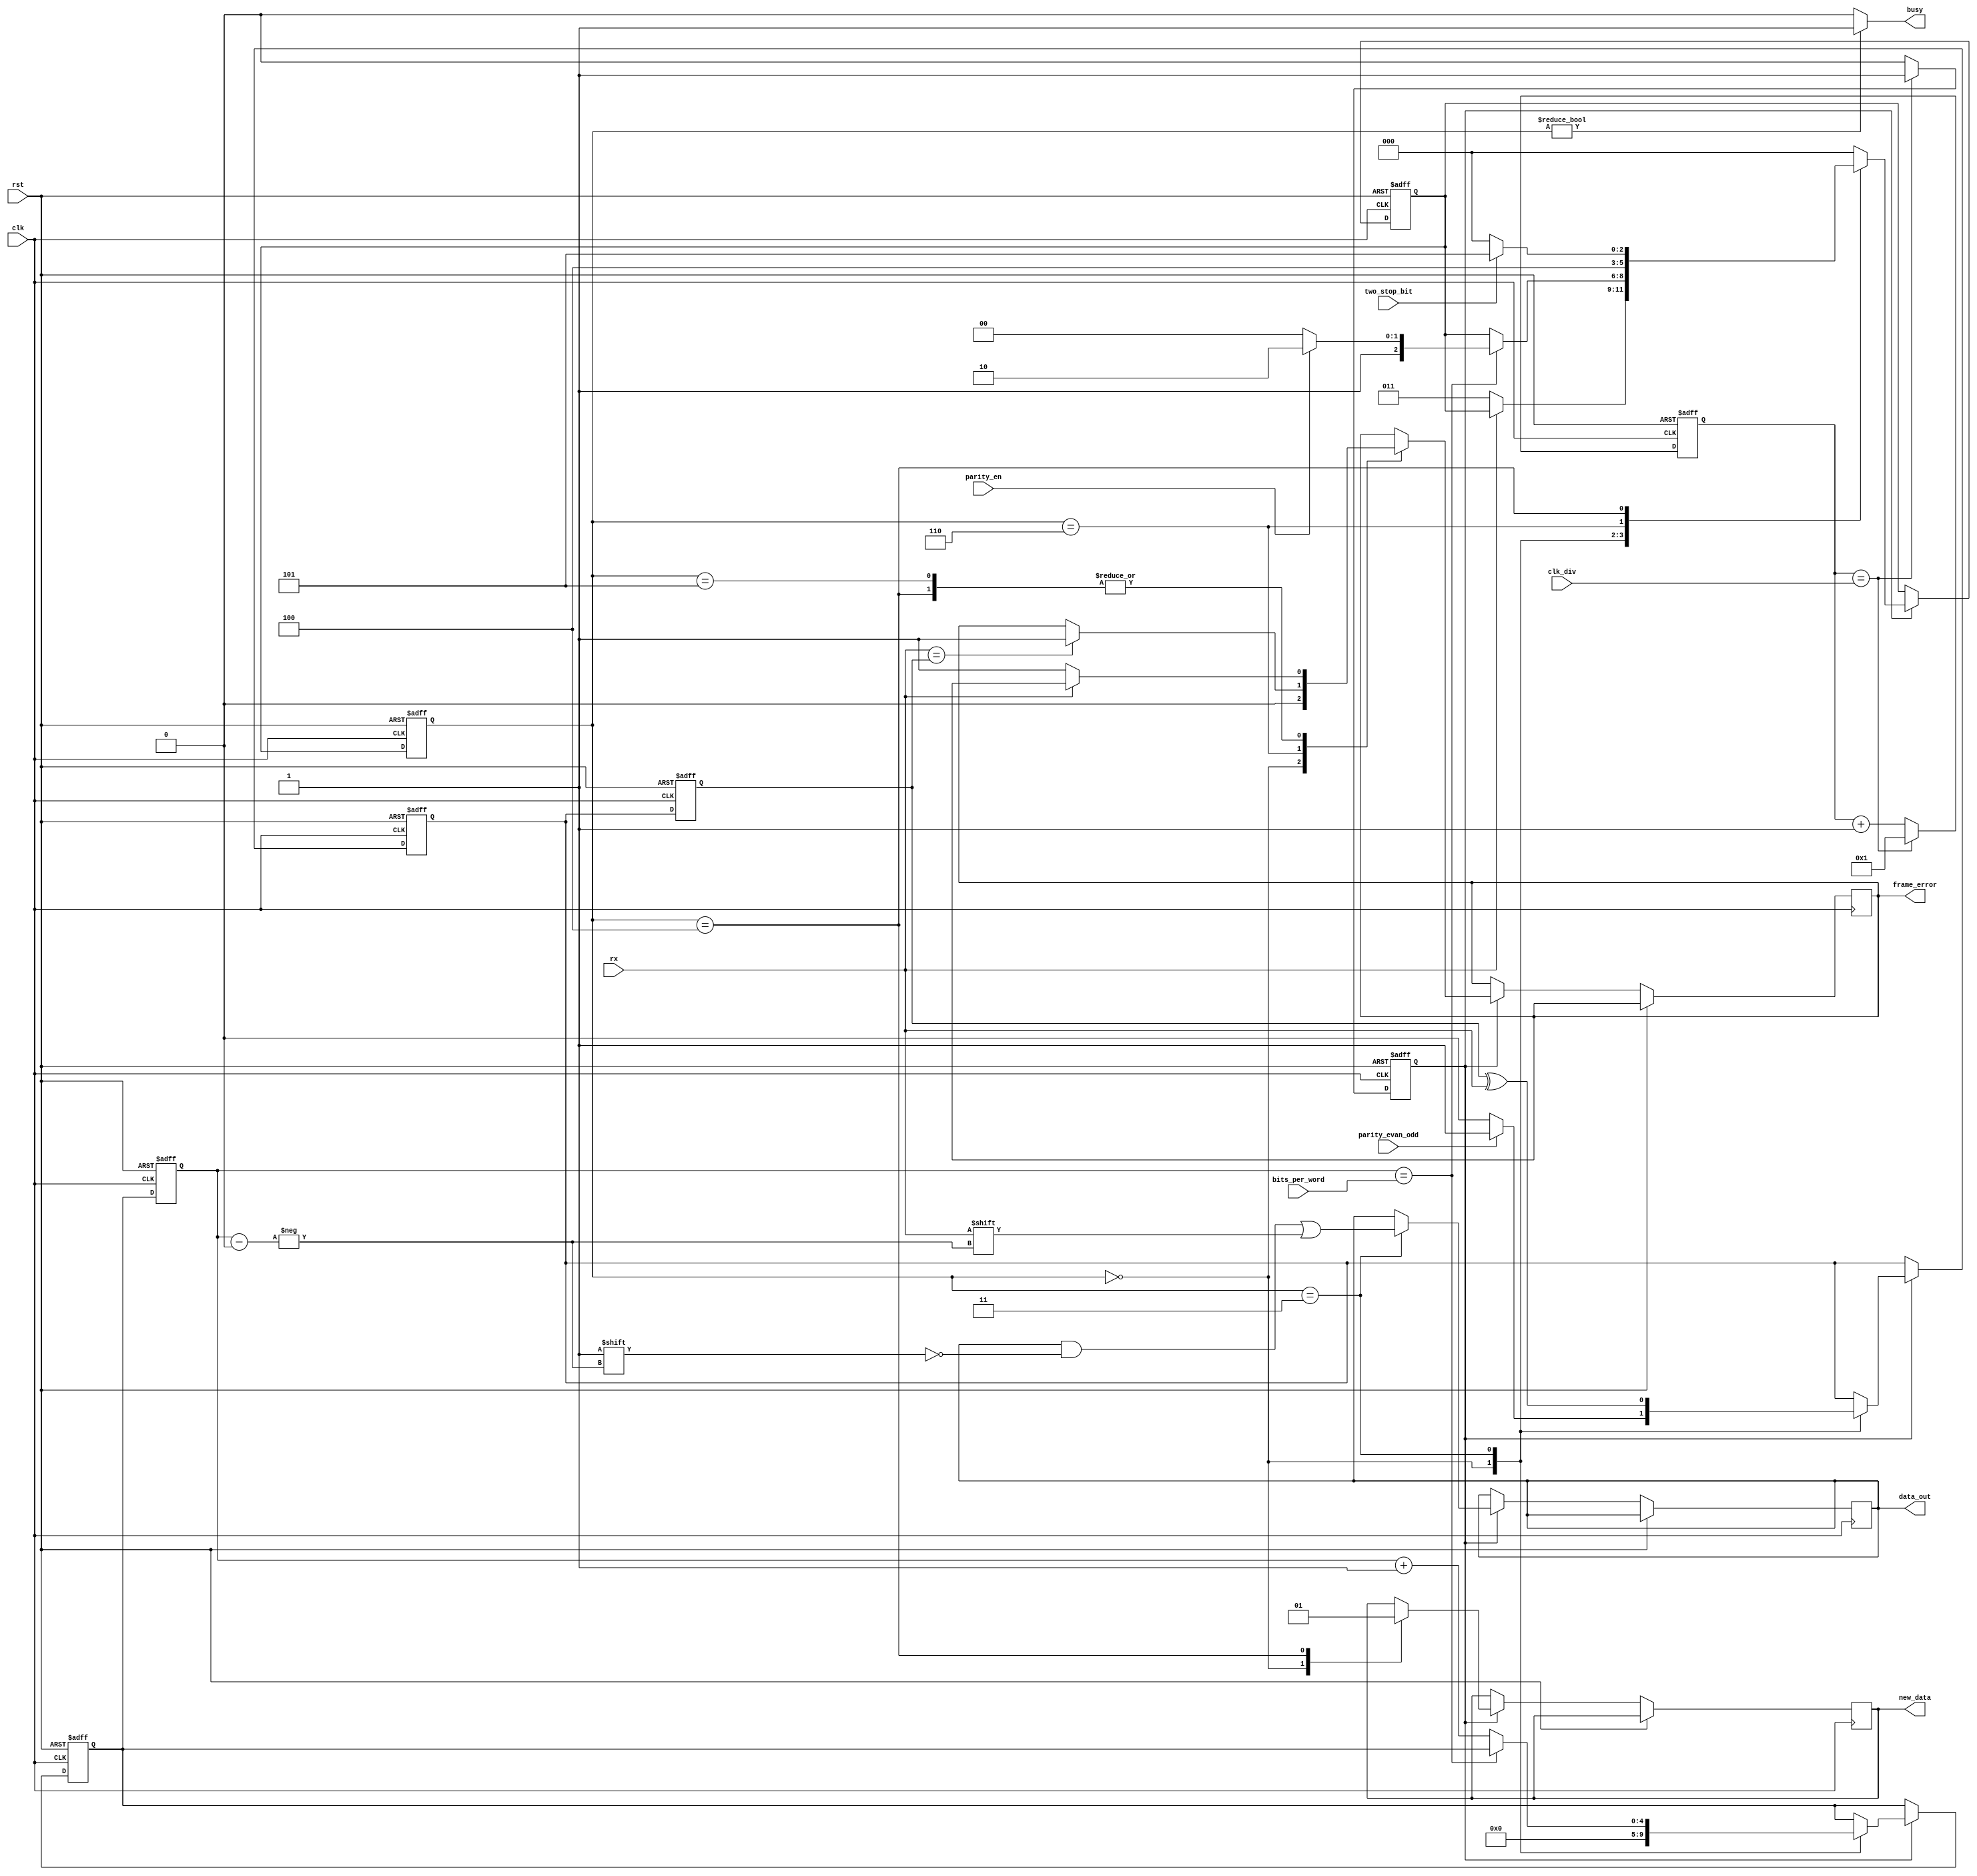
module uart_rx(input             clk,
               input             rst,
               input    [15:0]   clk_div,
               output   [15:0]   data_out,
               input             rx,
               output            busy,
               output            new_data,
               output            frame_error,
               input     [4:0]   bits_per_word,
               input             parity_en,
               input             parity_evan_odd,
               input             two_stop_bit);

localparam IDLE      = 3'b000;
localparam DATA      = 3'b011;
localparam STOP      = 3'b100;
localparam STOP2     = 3'b101;
localparam PARITY    = 3'b110;

assign busy = (state != IDLE) ? 1'b1 : 1'b0;

reg [15:0] counter;
reg        clken;
reg [2:0]  state;
reg [2:0]  next_state;
reg [4:0]  bit_pos;
reg [4:0]  next_bit_pos;
reg [15:0] data_out;
reg        parity_bit;
reg        next_parity_bit;

always @(posedge clk or posedge rst)
begin
    if (rst) begin
        clken <= 0;
        counter <= 0;
    end else begin
       if (counter == clk_div) begin
           clken <= 1'b1;
           counter <= 1;
       end else begin
           clken <= 1'b0;
           counter <= counter + 1;
       end
    end
end

always @ (posedge clk or posedge rst)
begin
    if (rst) begin
        next_state <= IDLE;
        next_bit_pos <= 5'b00000;
        next_parity_bit <= 1'b0;
    end else begin
        if (clken) begin
            case (state)
                IDLE: begin
                    if (rx == 1'b0)
                        next_state <= DATA;
                    next_bit_pos <= 5'b00000;
                    new_data <= 1'b0;
                    frame_error <= 1'b0;
                    if (parity_evan_odd)
                        next_parity_bit <= 1'b1;
                    else
                        next_parity_bit <= 1'b0;
                end

                DATA: begin
                    if (bit_pos == bits_per_word)
                        if (parity_en)
                            next_state <= PARITY;
                        else
                            next_state <= STOP;
                    else
                        next_bit_pos <= bit_pos + 1;

                    next_parity_bit <= parity_bit ^ rx;
                    data_out[bit_pos] = rx;
                end

                PARITY: begin
                    if (rx == parity_bit)
                        frame_error =| 1;
                    next_state <= STOP;
                end

                STOP: begin
                    if (rx == 0)
                        frame_error =| 1;

                    if (two_stop_bit)
                        next_state <= STOP2;
                    else
                        next_state <= IDLE;
                        new_data <= 1'b1;
                end

                STOP2: begin
                    if (rx == 0)
                        frame_error =| 1;
                    next_state <= IDLE;
                end

                default: begin
                    next_state <= IDLE;
                end
            endcase
        end
    end
end

always @ (posedge clk or posedge rst)
begin
    if (rst) begin
        bit_pos <= 3'b000;
        state <= IDLE;
        parity_bit <= 1'b0;
    end else begin
        bit_pos <= next_bit_pos;
        state <= next_state;
        parity_bit <= next_parity_bit;
    end
end

endmodule